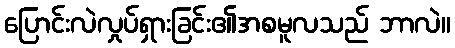
ပြောင်းလဲလှုပ်ရှားခြင်း၏အစမူလသည် ဘာလဲ။